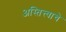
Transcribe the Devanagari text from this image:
अस्तित्त्वाचे